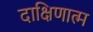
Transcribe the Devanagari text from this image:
दाक्षिणात्म